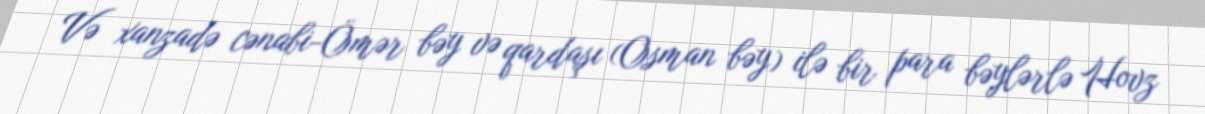
Və xanzadə cənabi-Ömər bəy və qardaşı (Osman bəy) ilə bir para bəylərlə Hovz